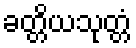
ခတ္တိယသုတ္တံ